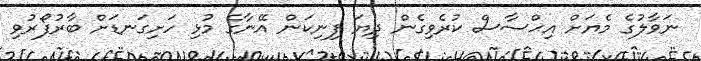
ނަވާލުގެ މެޔަށް އިޙްސާސް ކުރެވިގެން ދިޔަ ފިނިކަން އޭނާގެ މުޅި ހަށިގަނޑަށް ބާރުފޯރުވި